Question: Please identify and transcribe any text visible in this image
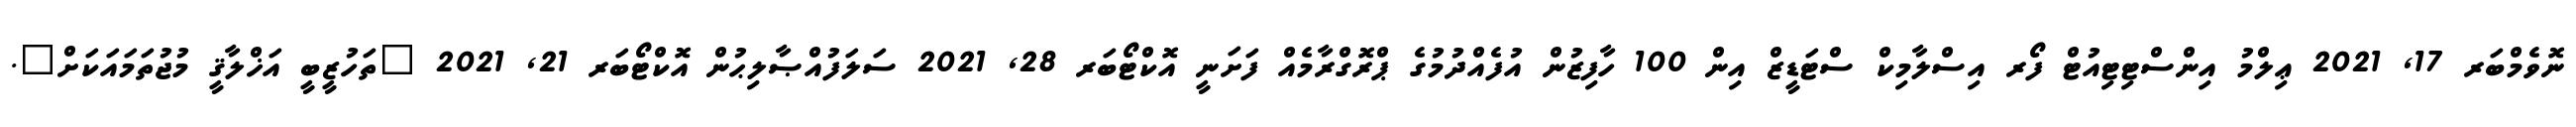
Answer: ނޮވެމްބަރ 17, 2021 ޢިލްމު އިންސްޓިޓިއުޓް ފޯރ އިސްލާމިކް ސްޓަޑީޒް އިން 100 ހާފިޒުން އުފެއްދުމުގެ ޕްރޮގްރާމެއް ފަށަނީ އޮކްޓޯބަރ 28, 2021 ސަލަފުއްޞާލިޙުން އޮކްޓޯބަރ 21, 2021 "ތަހުޒީބީ އަޚްލާޤީ މުޖުތަމައަކަށް".